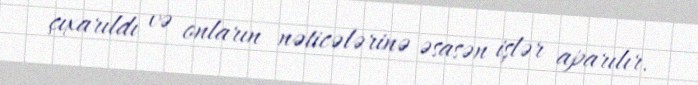
çıxarıldı və onların nəticələrinə əsasən işlər aparılır.